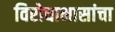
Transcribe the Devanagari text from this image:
विरोधाभासांचा